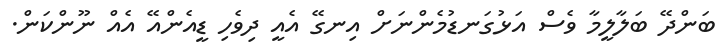
ބަންދޭ ބަލާލީމާ ވެސް އަޅުގަނޑުމެންނަށް އިނގޭ އެއީ ދިވެހި ޑީއެންއޭ އެއް ނޫންކަން.